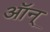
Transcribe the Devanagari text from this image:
ऑन्